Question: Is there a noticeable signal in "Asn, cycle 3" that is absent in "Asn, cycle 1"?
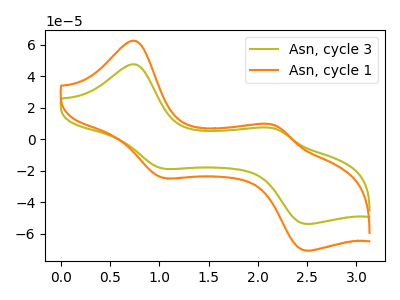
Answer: <think>The olive curve "Asn, cycle 3" has anodic peaks at (0.75V, 47.45uA) (2.15V, 6.70uA) and cathodic peaks at (1.05V, -18.75uA) (2.50V, -53.85uA). The orange curve "Asn, cycle 1" has anodic peaks at (0.75V, 62.40uA) (2.15V, 8.85uA) and cathodic peaks at (1.05V, -24.65uA) (2.50V, -70.75uA).
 All the peaks in "Asn, cycle 3" have a peak in "Asn, cycle 1" at the same potential. Every peak in "Asn, cycle 3" is lower than every peak in "Asn, cycle 1".</think>
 <answer>No, "Asn, cycle 3" and "Asn, cycle 1" don't appear to be significantly different in shape</answer>
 <eval>no_change</eval>